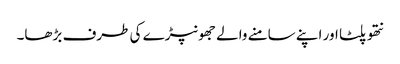
نتھو پلٹا اور اپنے سامنے والے جھونپڑے کی طرف بڑھا۔